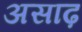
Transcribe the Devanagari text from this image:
असाढ़